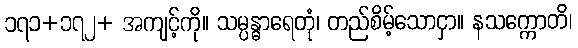
၁၇၁+၁၇၂+ အကျင့်ကို။ သမ္ပန္ဓာရေတုံ၊ တည်စိမ့်သောငှာ။ နသက္ကောတိ၊